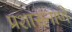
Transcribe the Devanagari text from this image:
प्रशासनाणे